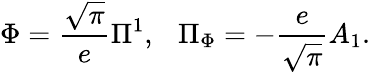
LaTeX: \Phi={\frac{\sqrt\pi}{e}}\Pi^{1},~~~\Pi_{\Phi}=-{\frac{e}{\sqrt\pi}}A_{1}.